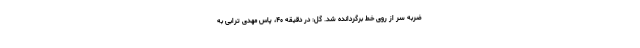
ضربه سر از روی خط برگردانده شد. گل: در دقیقه ۴۰، پاس مهدی ترابی به